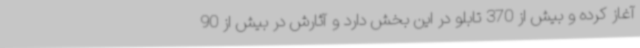
آغاز کرده و بیش از 370 تابلو در این بخش دارد و آثارش در بیش از 90